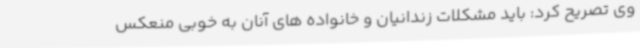
وی تصریح کرد: باید مشکلات زندانیان و خانواده های آنان به خوبی منعکس